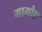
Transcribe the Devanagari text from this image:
मामोए